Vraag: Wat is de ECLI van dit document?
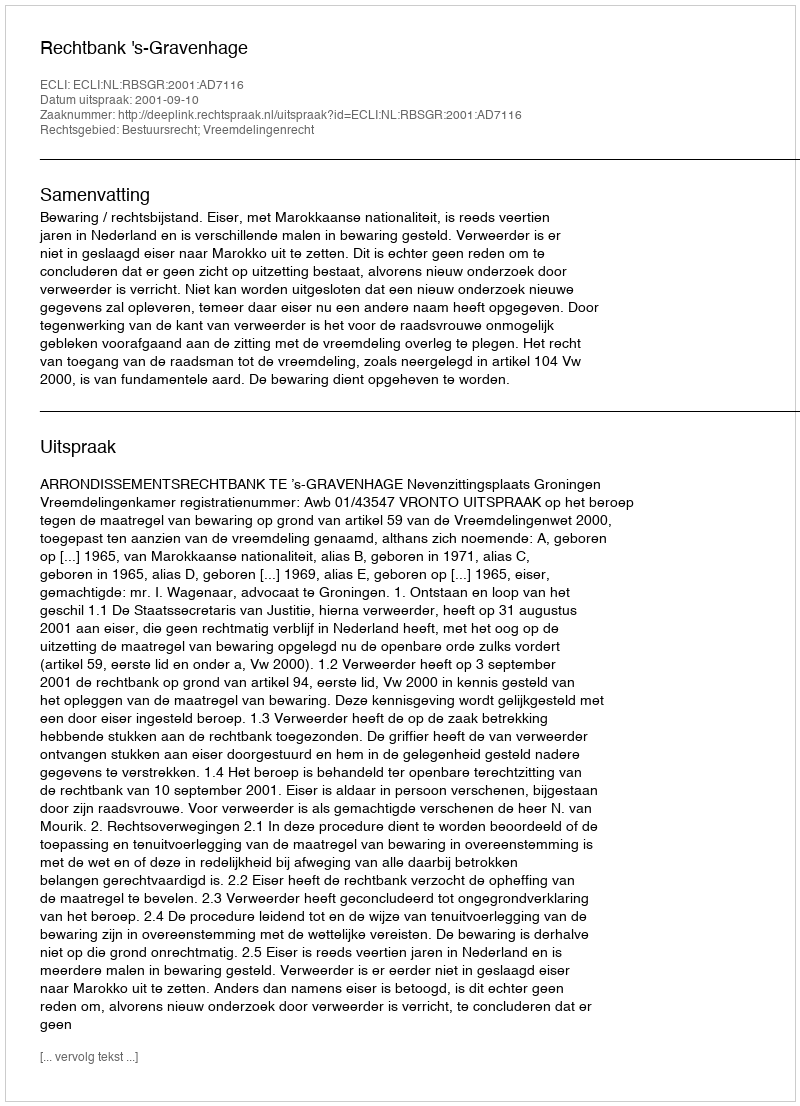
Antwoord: ECLI:NL:RBSGR:2001:AD7116